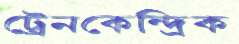
ট্রেনকেন্দ্রিক